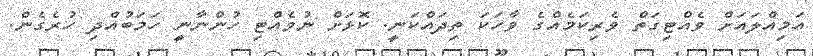
އަމިއްލައަށް ވެއްޓިގަތް ވެރިކަމެއްގެ ވާހަކަ ތިދައްކަނީ. ކޮޅަށް ނުވެއްޓި ހުންނާނީ ހަމަބުއްދި ހުރެގެން.